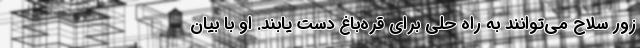
زور سلاح می‌توانند به راه حلی برای قره‌باغ دست یابند. او با بیان